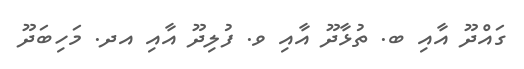
ގައްދޫ އާއި ބ. ތުޅާދޫ އާއި ވ. ފުލިދޫ އާއި އދ. މަހިބަދޫ